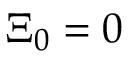
\boldsymbol { \Xi } _ { 0 } = 0